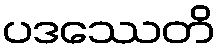
ပဒဿေတိ